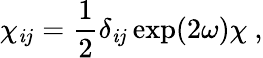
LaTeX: \chi_{\mathit{i}j}={\frac{{1}}{{2}}}\delta_{\mathit{i}j}\exp(2\omega)\chi~,